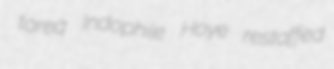
tareq Indophile Hoye restaffed